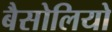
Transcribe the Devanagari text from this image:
बैसोलियो